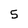
Character: 5